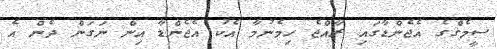
ސީމެގްގެ އެޖެންޑާގައި ރާއްޖެ ހިމެނުމާ އެކު އެޖެންޑާ އިން ނަގަން ދެން އެ